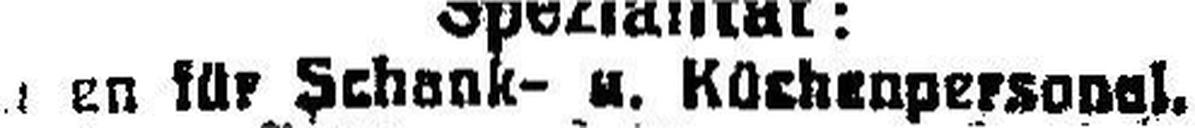
###an für Schank- u. Küchenpersonal.